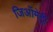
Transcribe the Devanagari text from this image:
जिऑमेट्री